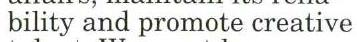
bility and promote creative